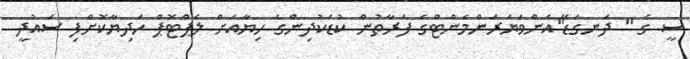
ސީ ގެ " ދަނގަޑޭ"އެންވަޔަރަންމެންޓްގެ ފަރާތުން ކުޑަކުދިންގެ ހިޔާއަށް ލެޕްޓޮޕް ހަދިޔާކޮށްފި ސައުދީ